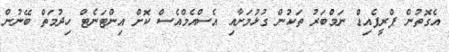
އެގޮތުން ޕްރީޕެއިޑް ނަމްބަރު ތަކުން ގުޅުމަށާއި އެސްއެމްއެސް ކޮށް އިންޓަނެޓް ހިދުމަތް ބޭނުން